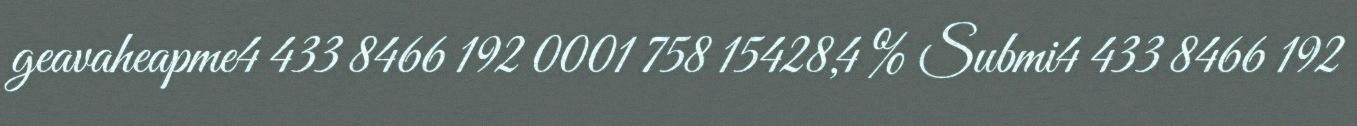
geavaheapme4 433 8466 192 0001 758 15428,4 % Submi4 433 8466 192